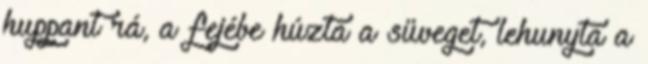
huppant rá, a fejébe húzta a süveget, lehunyta a